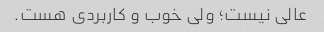
عالی نیست؛ ولی خوب و کاربردی هست.